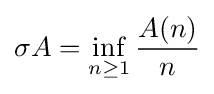
\sigma A=\inf _{n\geq 1}{\frac {A(n)}{n}}